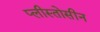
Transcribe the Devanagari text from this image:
प्लीस्तोसीन